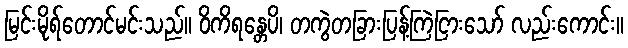
မြင်းမိုရ်တောင်မင်းသည်။ ဝိကိရန္တေပိ၊ တကွဲတခြားပြန့်ကြဲငြားသော် လည်းကောင်း။